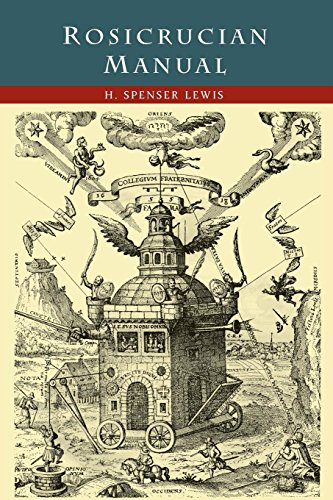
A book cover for Rosicrucian Manual; H. Spencer Lewis; Religion & Spirituality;